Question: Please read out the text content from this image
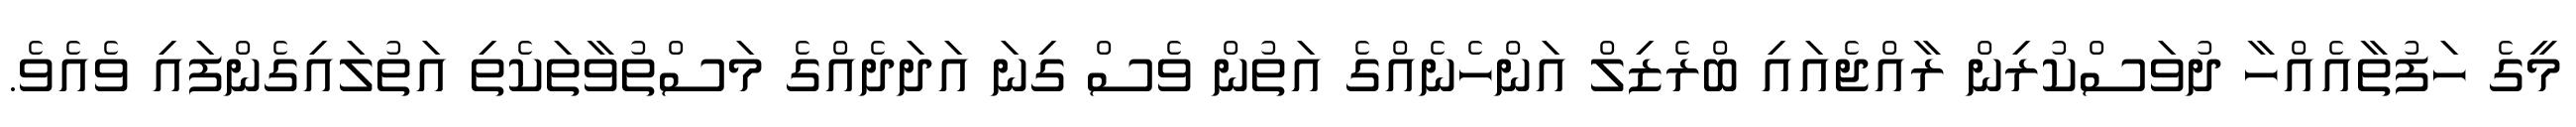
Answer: މީގެ ހަފުތާއެއްހާ ދުވަސްކުރިން ރާއްޖެއައި ބްރެޒިލް އަންހެނެއްގެ އަތުން ވެސް ގިނަ އަދަދެއްގެ މަސްތުވާތަކެތި އަތުލައިގެންފައި ވެއެވެ.